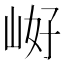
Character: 𭖝